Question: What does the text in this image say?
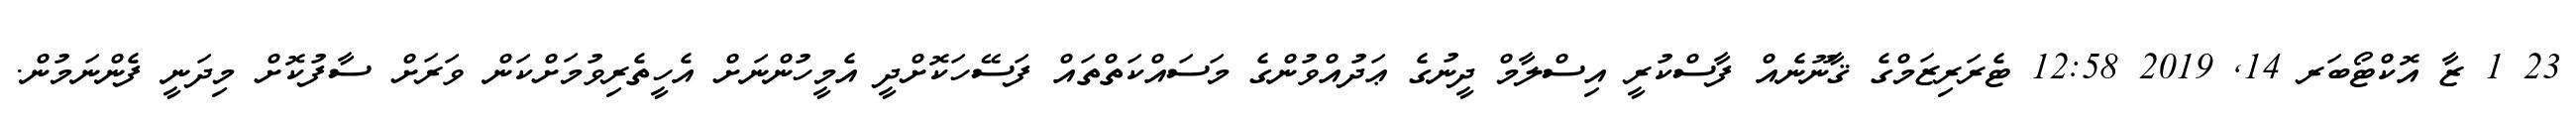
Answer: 23 1 ޒާ އޮކްޓޯބަރ 14, 2019 12:58 ޓެރަރިޒަމްގެ ޤާނޫނެއް ފާސްކުރީ އިސްލާމް ދީނުގެ ޢަދުއްވުންގެ މަސައްކަތްތައް ފަސޭހަކޮށްދީ އެމީހުންނަށް އެހީތެރިވުމަށްކަން ވަރަށް ސާފުކޮށް މިދަނީ ފެންނަމުން.